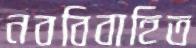
নববিবাহিত